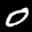
Label: 0